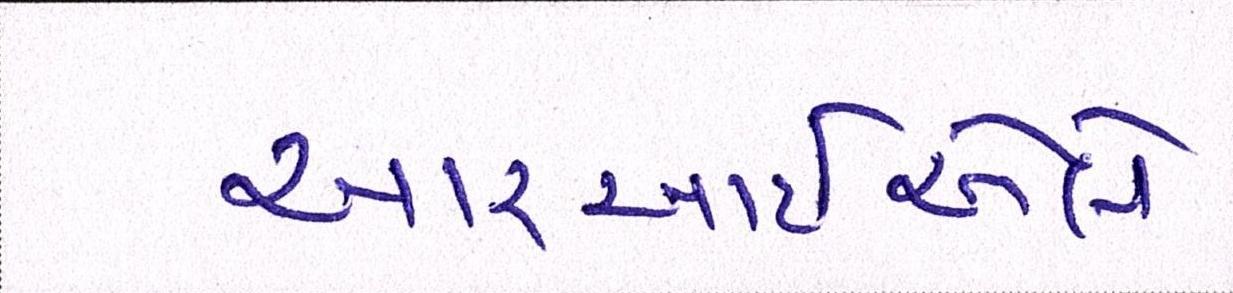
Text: આરઆઇએલે